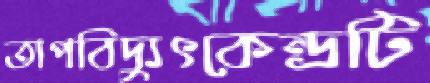
তাপবিদ্যুৎকেন্দ্রটি